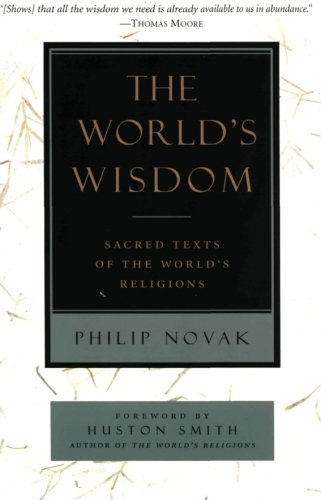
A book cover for The World's Wisdom: Sacred Texts of the World's Religions; Philip Novak; Religion & Spirituality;